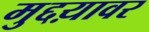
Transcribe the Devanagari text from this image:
मुद्दय़ावर